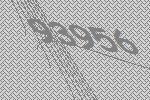
93956